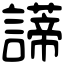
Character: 𧬺